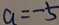
a = - 5